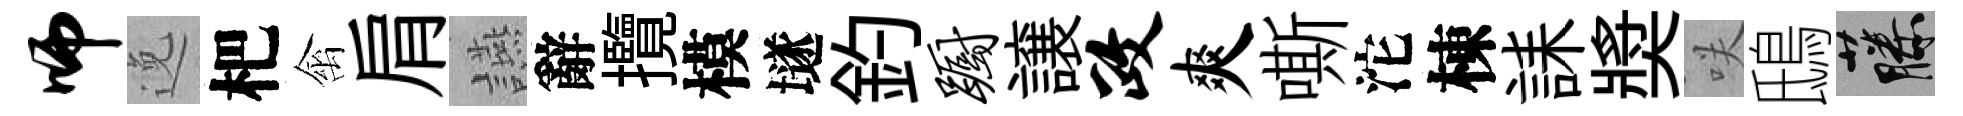
师𨓜杷禽肩讌辭攬模𡑞釣蹰譲政爽嘶沱棟誄奬咲鴟藤